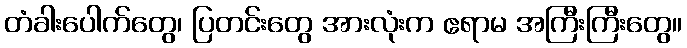
တံခါးပေါက်တွေ၊ ပြတင်းတွေ အားလုံးက ဧရာမ အကြီးကြီးတွေ။